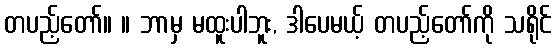
တပည့်တော်။ ။ ဘာမှ မထူးပါဘူး, ဒါပေမယ့် တပည့်တော်ကို သရိုင်